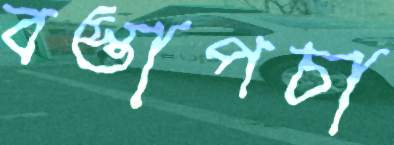
বস্তাপচা